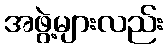
အဖွဲ့များလည်း